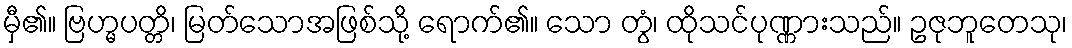
မှီ၏။ ဗြဟ္မပတ္တိ၊ မြတ်သောအဖြစ်သို့ ရောက်၏။ သော တွံ၊ ထိုသင်ပုဏ္ဏားသည်။ ဥဇုဘူတေသု၊